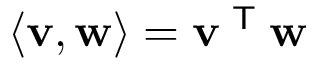
\langle \mathbf { v } , \mathbf { w } \rangle = \mathbf { v } ^ { \textsf { T } } \mathbf { w }